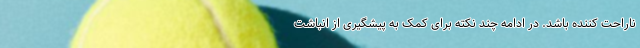
ناراحت کننده باشد. در ادامه چند نکته برای کمک به پیشگیری از انباشت